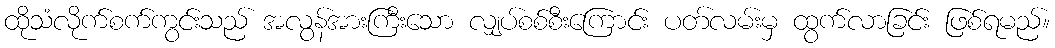
ထိုသံလိုက်စက်ကွင်းသည် အလွန်အားကြီးသော လျှပ်စစ်စီးကြောင်း ပတ်လမ်းမှ ထွက်လာခြင်း ဖြစ်ရမည်။